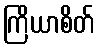
ကြိယာစိတ်